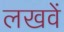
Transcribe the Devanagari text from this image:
लखवें